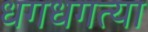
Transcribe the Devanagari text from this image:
धगधगत्या